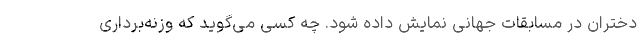
دختران در مسابقات جهانی نمایش داده شود. چه کسی می‌گوید که وزنه‌برداری